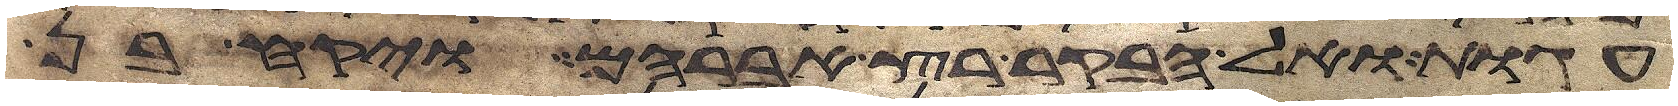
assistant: עגות ואל הבקר רץ אברהם ויקח בן